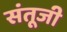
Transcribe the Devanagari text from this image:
संतूजी